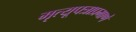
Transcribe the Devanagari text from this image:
मृत्यूपत्राप्रमाणे